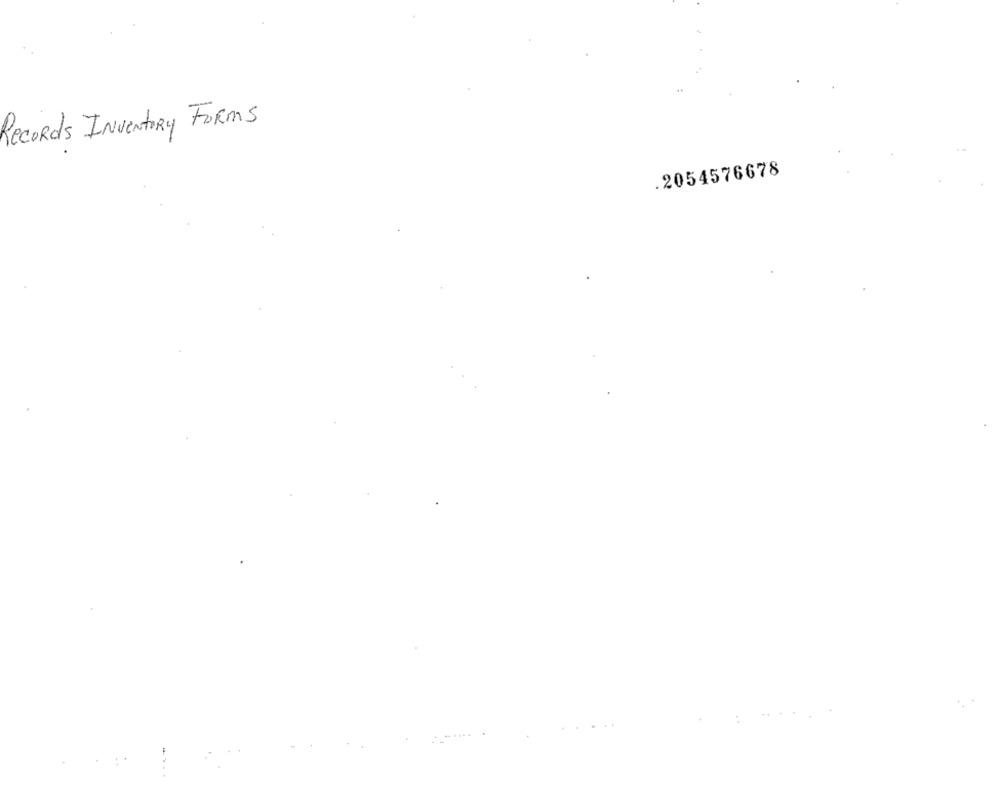
Records INVENTORY FORMS
.2054576678